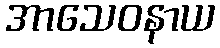
အာသေဝနာယ